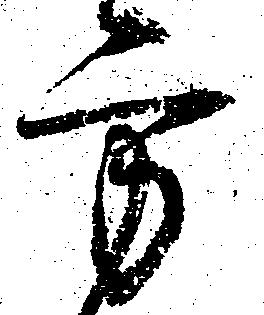
方